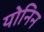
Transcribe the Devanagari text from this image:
योनिन